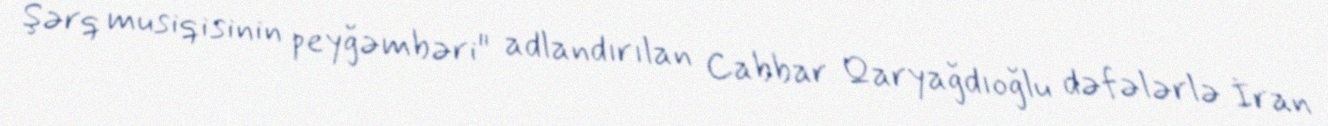
Şərq musiqisinin peyğəmbəri" adlandırılan Cabbar Qaryağdıoğlu dəfələrlə İran